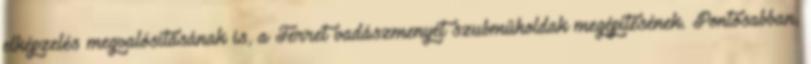
elképzelés megvalósításának is, a Ferret vadászmenyét szubműholdak megépítésének. Pontosabban,